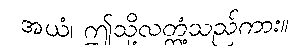
အယံ၊ ဤသို့လတ္တံ့သည်ကား။